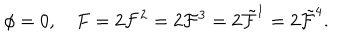
\phi = 0 , F = 2 { \cal F } ^ { 2 } = 2 { \cal F } ^ { 3 } = 2 \tilde { \cal F } ^ { 1 } = 2 \tilde { \cal F } ^ { 4 } .